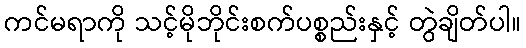
ကင်မရာကို သင့်မိုဘိုင်းစက်ပစ္စည်းနှင့် တွဲချိတ်ပါ။